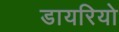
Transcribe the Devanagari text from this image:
डायरियो